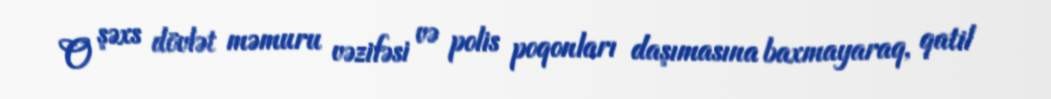
O şəxs dövlət məmuru vəzifəsi və polis poqonları daşımasına baxmayaraq, qatil